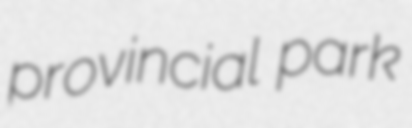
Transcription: provincial park